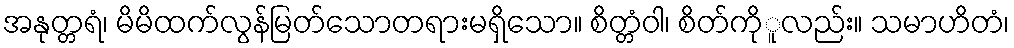
အနုတ္တရံ၊ မိမိထက်လွန်မြတ်သောတရားမရှိသော။ စိတ္တံဝါ၊ စိတ်ကိုူလည်း။ သမာဟိတံ၊